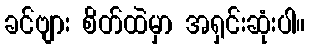
ခင်ဗျား စိတ်ထဲမှာ အရှင်းဆုံးပါ။